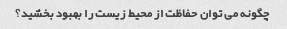
چگونه می توان حفاظت از محیط زیست را بهبود بخشید؟